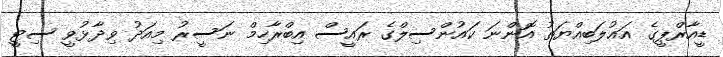
ޑީއާރްޕީގެ އަޣުލަބިއްޔަތު އޮންނަ ކައުންސިލްގެ ރައީސް އިބްރާހިމް ނަސީރު މިއަދު ވިދާޅުވީ ސިޓީ